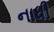
નાધી